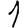
Digit: 1